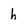
Character: h